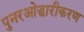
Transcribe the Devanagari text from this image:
पुनरओद्धारीकरण